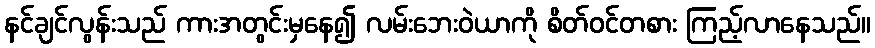
နင်ချင်လွန်းသည် ကားအတွင်းမှနေ၍ လမ်းဘေးဝဲယာကို စိတ်ဝင်တစား ကြည့်လာနေသည်။